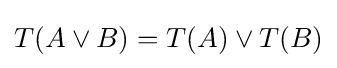
T(A\lor B)=T(A)\lor T(B)